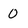
Character: 0